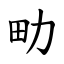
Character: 㽖